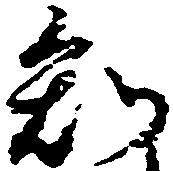
知